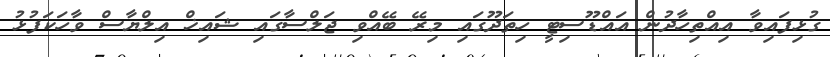
ގުޅިފައިވާ އިއްތިހާދުން އައްޑޫސިޓީ ހިތަދޫގައި މިރޭ ބޭއްވި ޖަލްސާގައި ޝައިޚް އިލްޔާސް ވާހަކަފުޅު